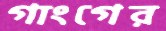
গাংগের